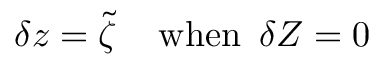
\delta \boldsymbol z = \boldsymbol { \tilde { \zeta } } \, \quad \mathrm { w h e n } \, \ \delta \boldsymbol Z = \boldsymbol 0